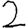
Digit: 2